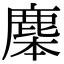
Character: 𪊜